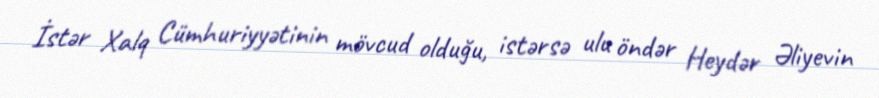
İstər Xalq Cümhuriyyətinin mövcud olduğu, istərsə ulu öndər Heydər Əliyevin